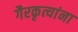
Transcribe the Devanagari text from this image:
गैरकृत्यांना